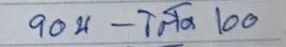
904 - โต๊ด 100